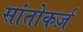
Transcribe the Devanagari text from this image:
सांतोकर्ज़